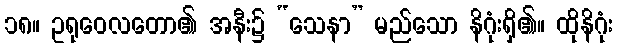
၁၈။ ဥရုဝေလတော၏ အနီး၌ “သေနာ” မည်သော နိဂုံးရှိ၏။ ထိုနိဂုံး